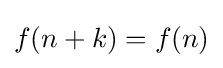
f(n+k)=f(n)